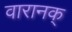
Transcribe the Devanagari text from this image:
वारानक्